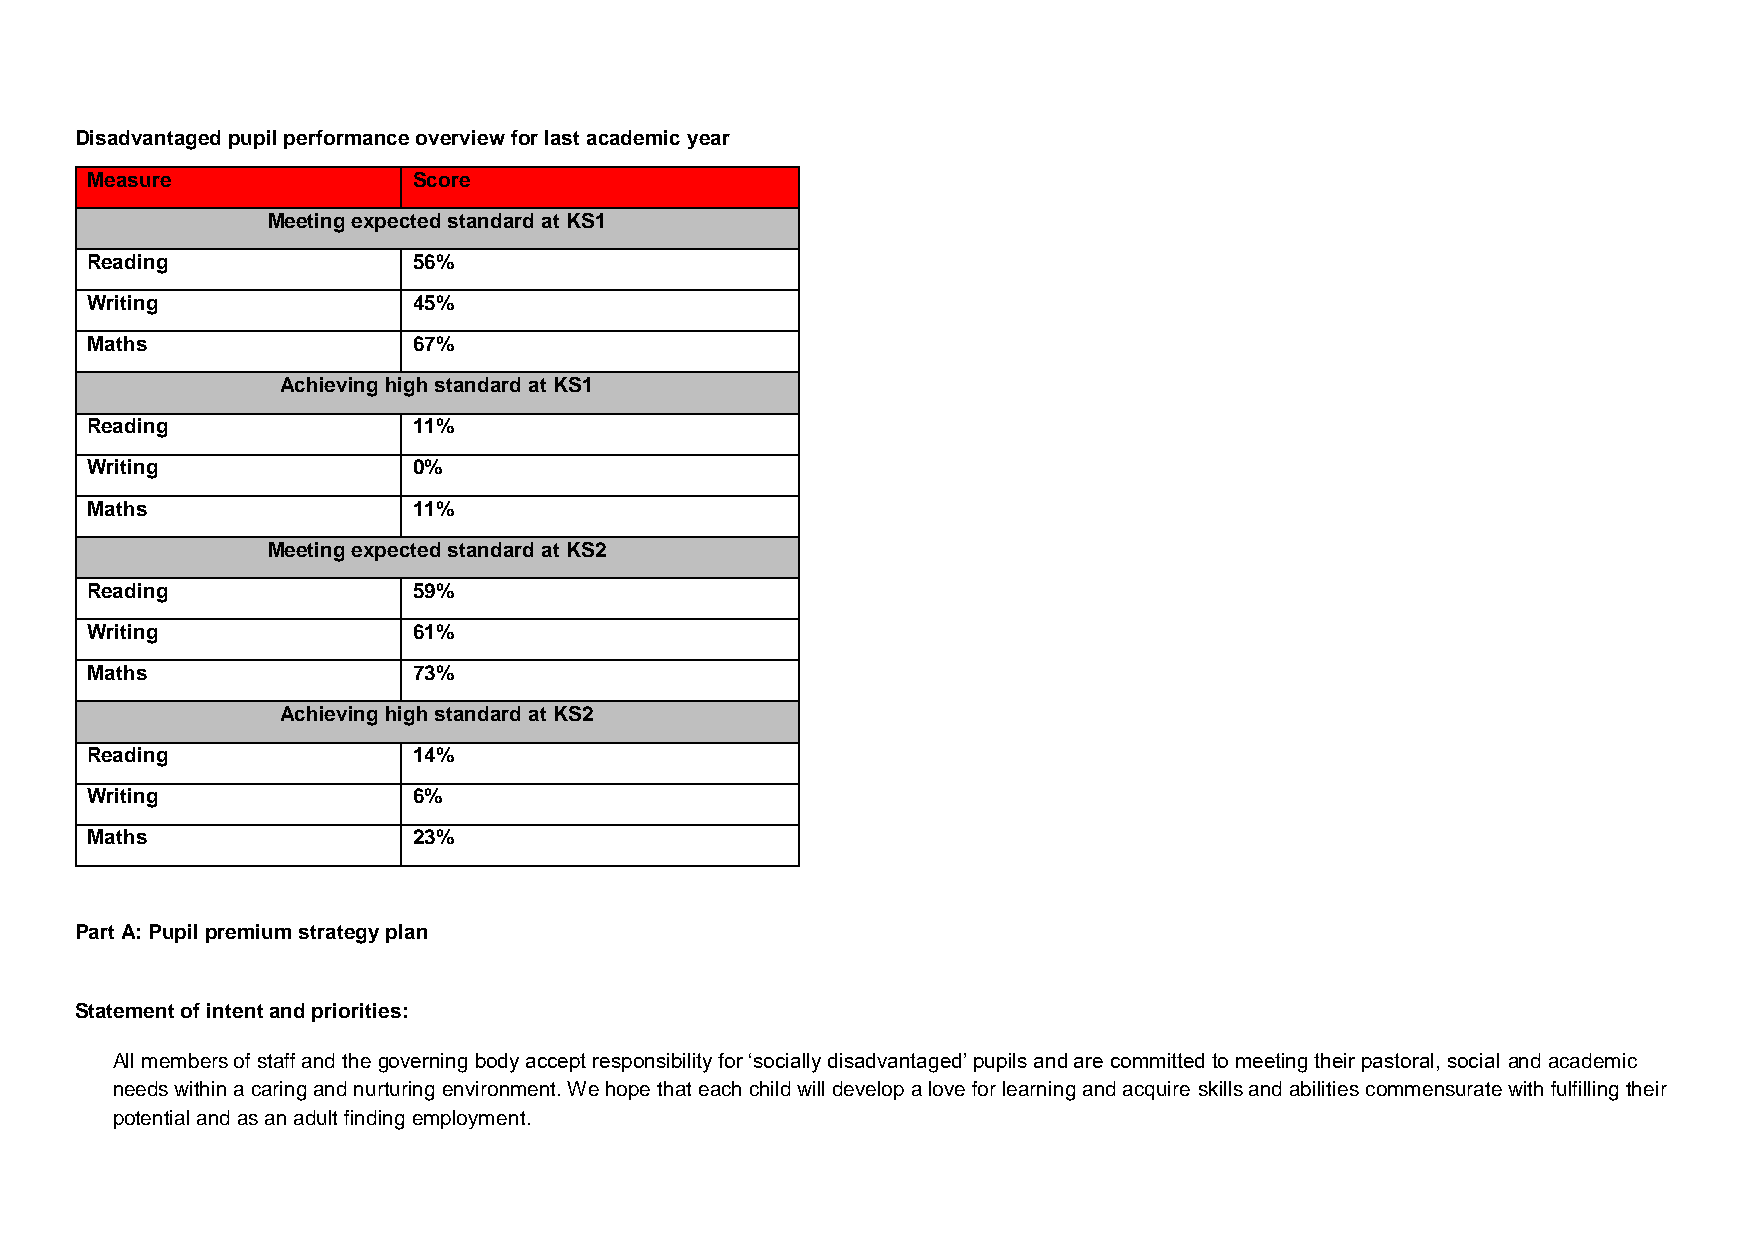
Disadvantaged pupil performance overview for last academic year
 Measure              Score
 Meeting expected standard at KS1
 Reading              56%
 Writing              45%
 Maths                67%
 Achieving high standard at KS1
 Reading              11%
 Writing              0%
 Maths                11%
 Meeting expected standard at KS2
 Reading              59%
 Writing              61%
 Maths                73%
 Achieving high standard at KS2
 Reading              14%
 Writing              6%
 Maths                23%
 Part A: Pupil premium strategy plan
 Statement of intent and priorities:
 All members of staff and the governing body accept responsibility for ‘socially disadvantaged’ pupils and are committed to meeting their pastoral, social and academic
 needs within a caring and nurturing environment. We hope that each child will develop a love for learning and acquire skills and abilities commensurate with fulfilling their
 potential and as an adult finding employment.